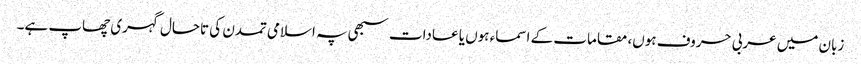
زبان میں عربی حروف ہوں، مقامات کے اسماء ہوں یا عادات سبھی پہ اسلامی تمدن کی تاحال گہری چھاپ ہے۔